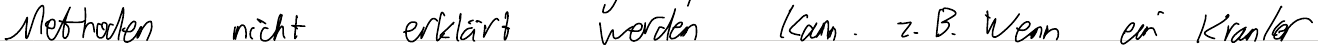
Methoden nicht erklärt werden kann. z.B. Wenn ein Kranker